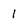
Character: l